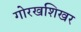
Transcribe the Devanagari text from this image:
गोरखशिखर